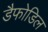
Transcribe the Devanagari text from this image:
डैफोडिल